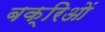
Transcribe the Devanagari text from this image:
बक्रिओं